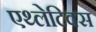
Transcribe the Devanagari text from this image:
एथ्लेटिक्स